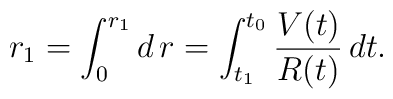
r_{1}=\int_0^{r_1} d\,r=\int_{t_{1}}^{t_{0}}\frac{V(t)}{R(t)}\,dt.